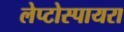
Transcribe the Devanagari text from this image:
लेप्टोस्पायरा